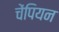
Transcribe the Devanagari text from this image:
चेंपियन